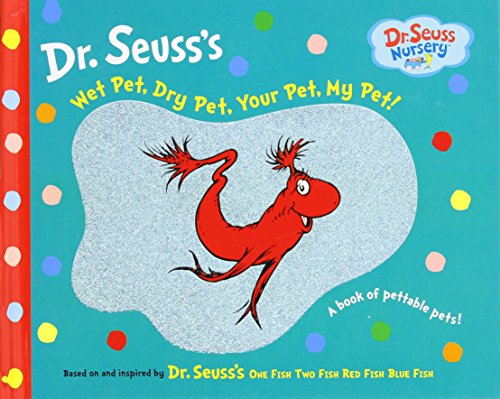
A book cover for Wet Pet, Dry Pet, Your Pet, My Pet (Dr. Seuss Nursery Collection); Dr. Seuss; Children's Books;